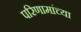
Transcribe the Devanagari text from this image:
परिणामांच्या